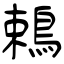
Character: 鵣